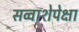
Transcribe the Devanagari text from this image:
सव्‍वाशेपेक्षा